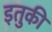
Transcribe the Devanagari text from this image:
इतुकी